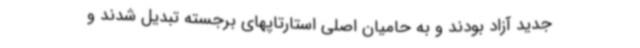
جدید آزاد بودند و به حامیان اصلی استارتاپهای برجسته تبدیل شدند و